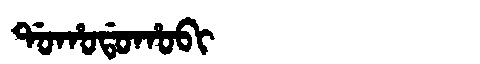
Manchu: ᡩᠣᡥᠣᡩᠣᡥᠣᠪᡳ
Romanization: DOHODOHOBI